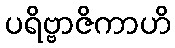
ပရိဗ္ဗာဇိကာဟိ